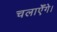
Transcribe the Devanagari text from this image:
चलाएँगे।